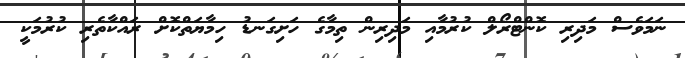
ނަމަވެެސް މަދިރި ކޮންޓްރޯލް ކުރުމާއި މަދިރިން ތިމާގެ ހަށިގަނޑު ހިމާޔަތްކޮށް ރައްކާތެރި ކުރުމަކީ